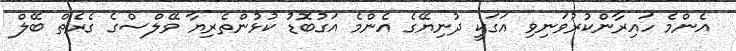
އެންމެ ހައިރާންކުރުވަނިވި އަގަކީ ދުނިޔޭގެ އެންމެ އަގުބޮޑު ކުޅުންތެރިޔާ ވޭލްސްގެ ގެރެތް ބޭލް